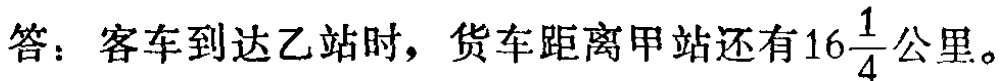
答：客车到达乙站时，货车距离甲站还有\(16\frac{1}{4}\)公里。